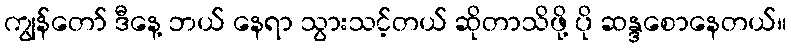
ကျွန်တော် ဒီနေ့ ဘယ် နေရာ သွားသင့်တယ် ဆိုတာသိဖို့ ပို ဆန္ဒစောနေတယ်။